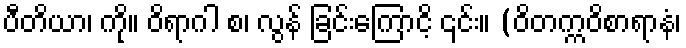
ပီတိယာ၊ ကို။ ဝိရာဂါ စ၊ လွန် ခြင်းကြောငိ့ ၎င်း။ (ဝိတက္ကဝိစာရာနံ၊